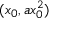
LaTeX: ( x _ { 0 } , a x _ { 0 } ^ { 2 } )